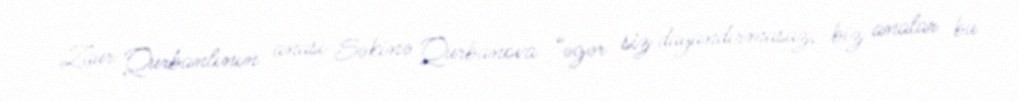
Zaur Qurbanlının anası Səkinə Qurbanova “əgər siz dayandırmasaz, biz analar bu